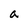
Character: a